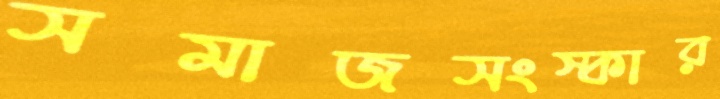
সমাজসংস্কার